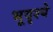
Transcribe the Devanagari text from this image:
भूदृश्ये